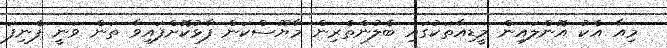
މިއާ އެކު އޮންލައިން މީޑިއާތަކުގައި ބެލުންތެރިން މާޔޫސްކަން ފާޅުކޮށްފައިވާ ތަން ވަނީ ފެނިފަ